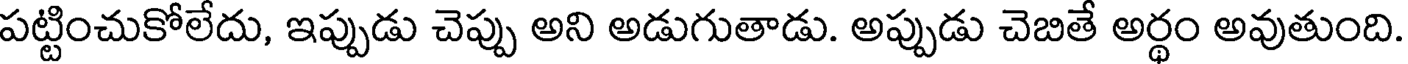
పట్టించుకోలేదు, ఇప్పుడు చెప్పు అని అడుగుతాడు. అప్పుడు చెబితే అర్థం అవుతుంది